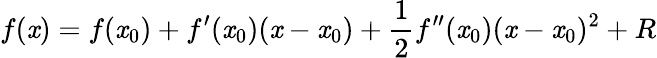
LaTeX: f(\mathit{x})=f(\mathit{x}_{0})+f^{\prime}(\mathit{x}_{0})(\mathit{x}-\mathit{x}_{0})+{\frac{{1}}{{2}}}f^{\prime\prime}(\mathit{x}_{0})(\mathit{x}-\mathit{x}_{0})^{2}+R